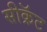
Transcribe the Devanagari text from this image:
सीक्रॅट